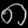
Digit: ၈